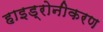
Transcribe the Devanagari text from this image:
हाइड्रोनीकरण